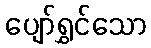
ပျော်ရွှင်သော